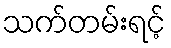
သက်တမ်းရင့်